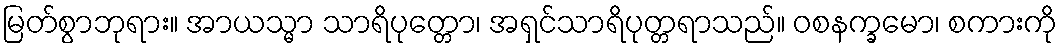
မြတ်စွာဘုရား။ အာယသ္မာ သာရိပုတ္တော၊ အရှင်သာရိပုတ္တရာသည်။ ဝစနက္ခမော၊ စကားကို